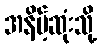
အနိမ့်ဆုံးသို့